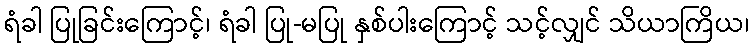
ရံခါ ပြုခြင်းကြောင့်၊ ရံခါ ပြု-မပြု နှစ်ပါးကြောင့် သင့်လျှင် သိယာကြိယ၊